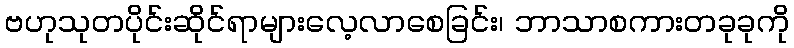
ဗဟုသုတပိုင်းဆိုင်ရာများလေ့လာစေခြင်း၊ ဘာသာစကားတခုခုကို